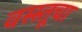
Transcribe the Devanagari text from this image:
वस्स्तूचा